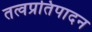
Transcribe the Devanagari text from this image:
तत्वप्रतिपादन